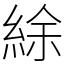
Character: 䋡